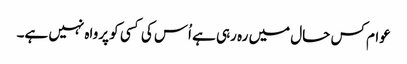
عوام کس حال میں رہ رہی ہے اُس کی کسی کو پرواہ نہیں ہے۔